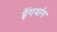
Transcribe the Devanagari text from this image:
हेंगयांग